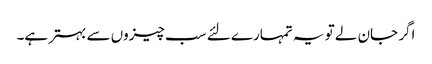
اگر جان لے تو یہ تمہارے لئے سب چیزوں سے بہتر ہے۔